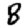
Digit: 8